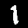
Label: 1